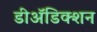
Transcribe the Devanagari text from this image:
डीअॅडिक्शन